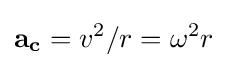
\mathbf {a} _{\mathbf {c} }=v^{2}/r=\omega ^{2}r